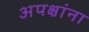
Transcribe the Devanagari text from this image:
अपक्षांना